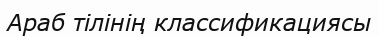
Араб тілінің классификациясы